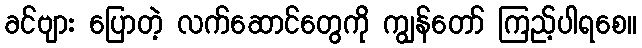
ခင်ဗျား ပြောတဲ့ လက်ဆောင်တွေကို ကျွန်တော် ကြည့်ပါရစေ။